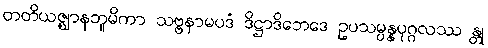
တတိယဇ္ဈာနဘူမိကာ သဗ္ဗနာမပဒံ ဒိဋ္ဌာဒိဘေဒေ ဥပသမ္ပန္နပုဂ္ဂလဿ န္တု